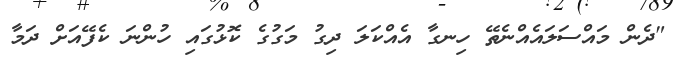
"ދެން މައްސަލައެއްނެތޭ ހިނގާ އެއްކަލަ ދިގު މަގުގެ ކޮޅުގައި ހުންނަ ކެފޭއަށް ދަމާ